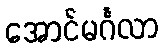
အောင်မင်္ဂလာ